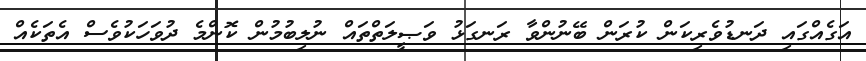
އަގެއްގައި ދަނޑުވެރިކަން ކުރަން ބޭނުންވާ ރަނގަޅު ވަޞީލަތްތައް ނުލިބުމުން ކޮންމެ ދުވަހަކުވެސް އެތަކެއް